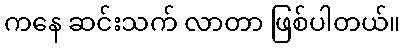
ကနေ ဆင်းသက် လာတာ ဖြစ်ပါတယ်။